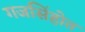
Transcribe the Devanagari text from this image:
गजसिंहोत